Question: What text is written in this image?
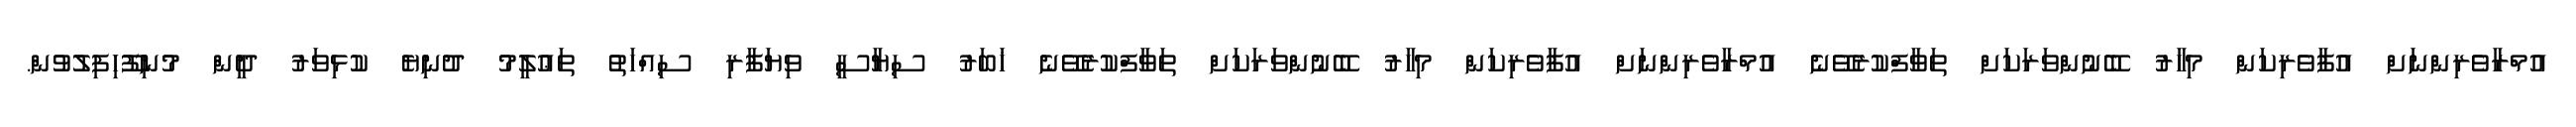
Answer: އުމްރާވެރިންނަށް އުފާވެރިކަން މިހާރު ބޭނުންވަރަކަށް ތަވާފްކުރެވޭނެ އުމްރާވެރިންނަށް އުފާވެރިކަން މިހާރު ބޭނުންވަރަކަށް ތަވާފްކުރެވޭނެ ޚަބަރު ސިޔާސީ ވިޔަފާރި ސިއްހަތު ތަޢުލީމު ދުނިޔެ ކުޅިވަރު ދީން މުނިފޫހިފިލުވުން.